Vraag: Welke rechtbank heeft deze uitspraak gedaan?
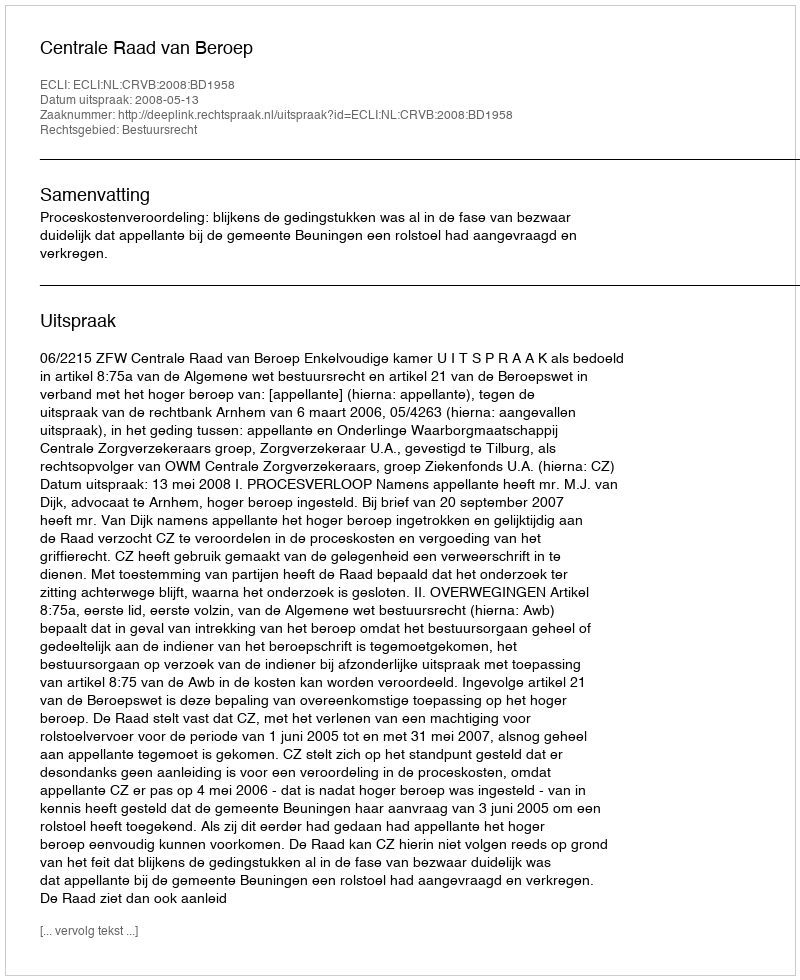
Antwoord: Centrale Raad van Beroep